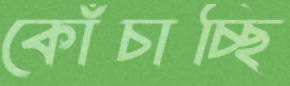
কোঁচাচ্ছি